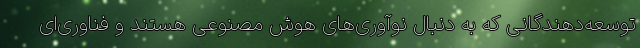
توسعه‌دهندگانی که به دنبال نوآوری‌های هوش مصنوعی هستند و فناوری‌ای